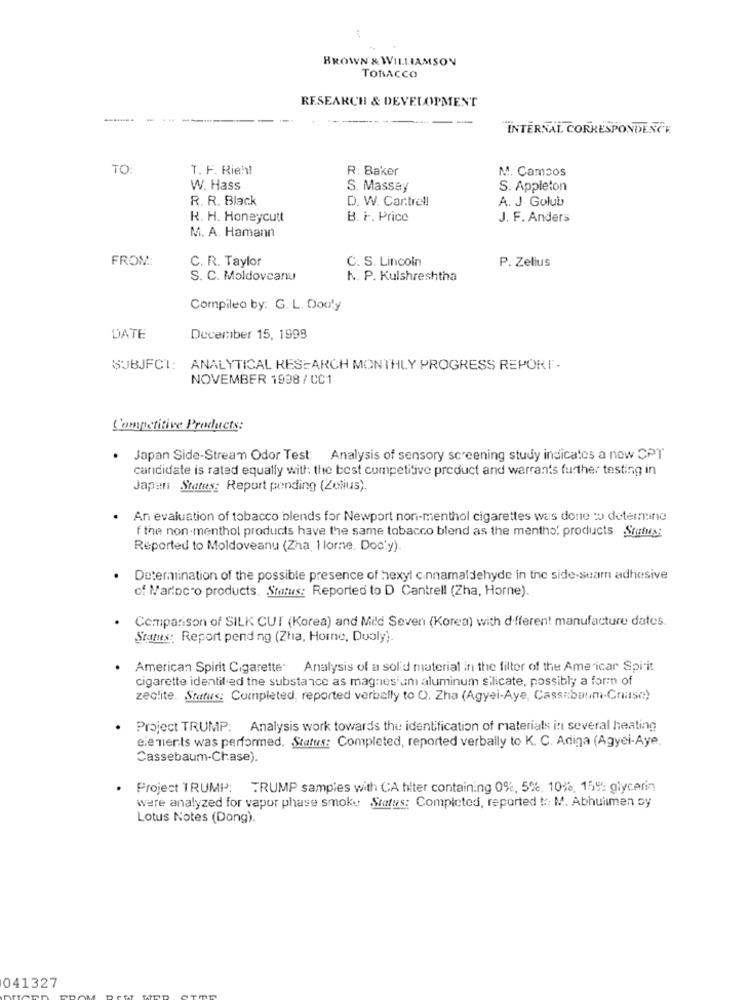
BROWN & WILLIAMSON
TOBACCO
RESEARCH & DEVELOPMENT
-
INTERNAL CORRESPONDENCE
TO
T. F. Riehl
R. Baker
M. Campos
W. Hass
S. Massey
S. Appleton
R. R. Black
D. W. Car.tre !!
A. J Golub
R. H. Honeycutt
B. F. Price
J. F. Anders
M. A. Hamann
FROM:
C. R. Taylor
C. S. Lincoln
P. Zelius
S. C. Moldoveanu
N. P. Kulshreshtha
Compileo by: G. L. Donly
DATE
December 15, 1999
SUBJECT: ANALYTICAL RESEARCH MONTHLY PROGRESS REPORT.
NOVEMBER 1998/ CC1
Competitive Products:
Japan Side-Stream Odor Test: Analysis of sensory screening study indicates a now CPT
candidate is rated equally with: the best competitive product and warrants further testing in
Japan Status: Report pending (Zelius).
An evaluation of tobacco blends for Newport non-menthol cigarettes was done to determine
f the non-menthol products have the same tobacco blend as the mentha' products Status:
Reported to Moldoveanu (Zha, 1 lorne. Doc'y).
Determination of the possible presence of hexyl cinnamaldehyde in the side-seam adhesive
of Mariocro products. Status: Reported to D Cantrell (Zha, Horne).
Comparison of SILK CUI (Korea) and Mild Seven (Korea) with different manufacture dates.
Status: Report pend ng (Zha, Horne, Dualy).
American Spirit Cigarette. Analysis of a solid material in the filter of the American Spirit
cigarette identified the substance as magnesium aluminum silicate, possibly a form of
zeolite. Status: Completed, reported verbally to Q. Zha (Agyei-Aye, Cassebaum-Case)
Project TRUMP: Analysis work towards the identification of materials in several heating
elements was performed. Status: Completed, reported verbally to K. C. Adiga (Agyei-Aye.
Cassebaum-Chase).
Project TRUMP: TRUMP samples with CA tilter containing 0%, 5%, 101%, 159%: glycerin
were analyzed for vapor phase smoky Status: Completed, reported t :: M. Abhuiimen by
Lotus Notes (Dong).
041327